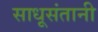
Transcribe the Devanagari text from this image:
साधूसंतानी